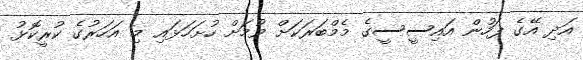
އަދި އޭގެ ފަހުން އައިސީސީގެ މެމްބަރަކަށް ވުމަށް ހުށަހަޅައި މި އަހަރުގެ ކުރީކޮޅު